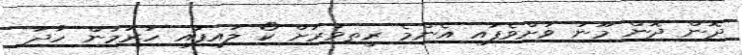
ދޮން ދޮން މޫނު ވަށްވެފައި އެންމެ ރީތިވަރަށް ކޯ ލައިފައި ހުރުމުން ހާދަ